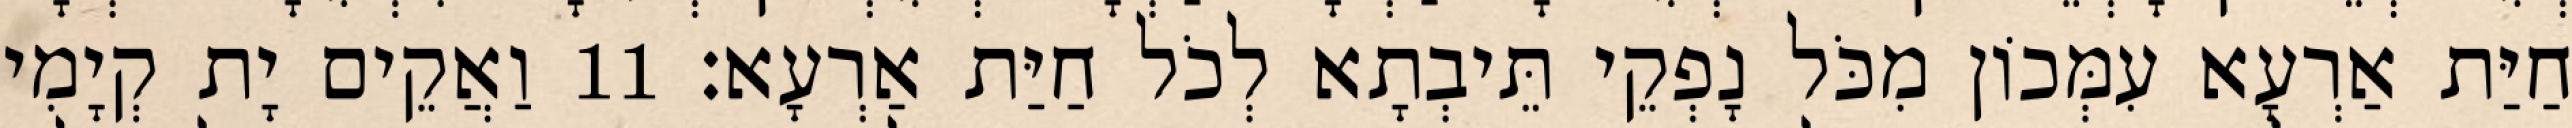
חַיַּת אַרְעָא עִמְּכוֹן מִכֹּל נָפְקֵי תֵּיבְתָא לְכֹל חַיַּת אַרְעָא׃ 11 וַאֲקֵים יָת קְיָמִי